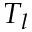
T _ { l }